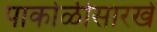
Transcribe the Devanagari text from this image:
पाकोळीसारखे